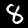
Digit: 8